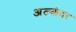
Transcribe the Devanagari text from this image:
अल्कंदर